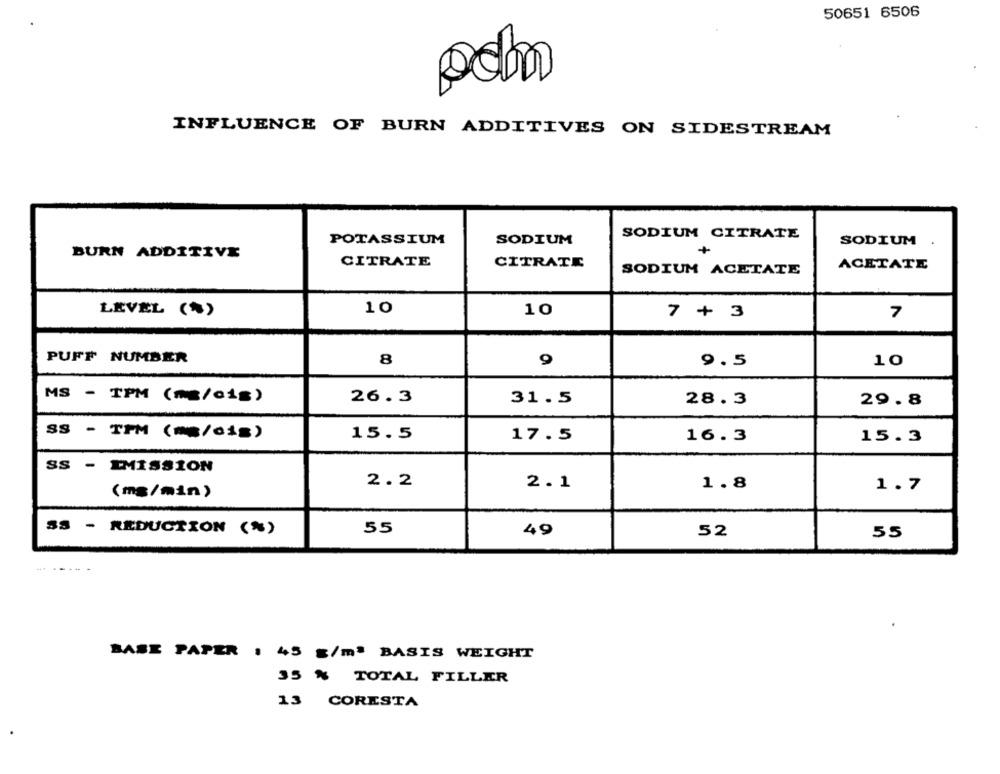
50651 6506
INFLUENCE OF BURN ADDITIVES ON SIDESTREAM
POTASSIUM
SODIUM
SODIUM CITRATE
SODIUM
BURN ADDITIVE
+
CITRATE
CITRATE
SODIUM ACETATE
ACETATE
10
LEVEL (%)
10
7 + 3
7
PUFF NUMBER
8
9.5
10
MS - TPM (mg/cis)
26.3
31.5
28.3
29.8
SS - TPM (m/cis)
15.5
17.5
16.3
15.3
SS - IMISSION
2.2
2.1
1.8
1.7
(ms/min)
SS - RÉDUCTION (%)
55
49
52
55
BASE PAPER : 45 g/mª BASIS WEIGHT
35 % TOTAL FILLER
13 CORESTA